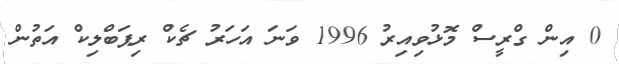
0 އިން ގްރީސް މޮޅުވިއިރު 1996 ވަނަ އަހަރު ޗެކް ރިޕަބްލިކް އަތުން